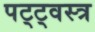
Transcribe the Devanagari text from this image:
पट्ट्वस्त्र